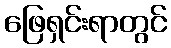
ဖြေရှင်းရာတွင်